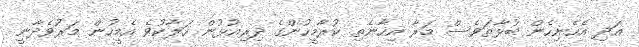
އަދި އެހެނިހެން ބުޅާތަވެސް މަރާ އިހާނެތި ކުރާމީހުންގެ ދިރިއުޅުން ހަލާކުވެ އެމީހުން މަރުވެދާނީ